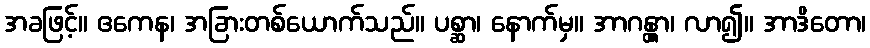
အခဖြင့်။ ဧကေန၊ အခြားတစ်ယောက်သည်။ ပစ္ဆာ၊ နောက်မှ။ အာဂန္တွာ၊ လာ၍။ အာဒိတော၊